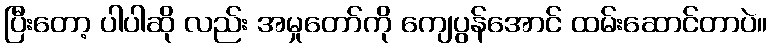
ပြီးတော့ ပါပါဆို လည်း အမှုတော်ကို ကျေပွန်အောင် ထမ်းဆောင်တာပဲ။